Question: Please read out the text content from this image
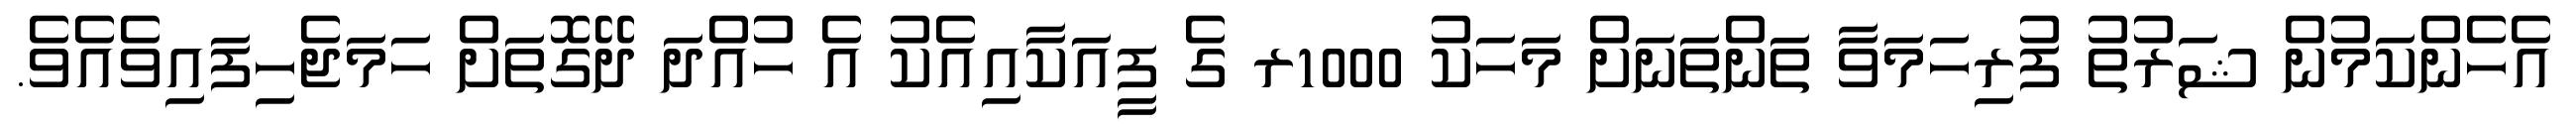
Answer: އެހެންކަމުން ޝަރުތު ފުރިހަމަވާ ތަންތަނަށް މަހަކު 1000ރ ގެ ފީއަކާއިއެކު އެ ހުއްދަ ދޭގޮތަށް ހަމަޖެހިފައިވެއެވެ.